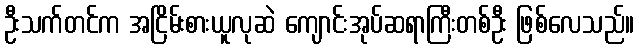
ဦးသက်တင်က အငြိမ်းစားယူလုဆဲ ကျောင်းအုပ်ဆရာကြီးတစ်ဦး ဖြစ်လေသည်။